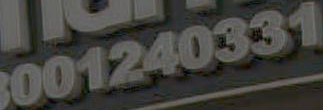
3001240331